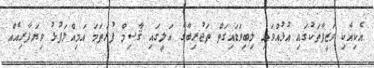
އެކިއެކި ވަޒީފާތަކުގައި އުޅުއްވައި ލިބިވަޑައިގަތް ތަޖުރިބާގެ އަލީގައި ޤާސިމް ފުރަތަމަ އަމިއްލަފުޅު ވިޔަފާރިއެއް